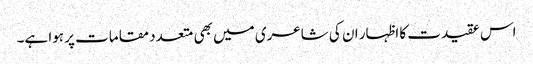
اس عقیدت کا اظہار ان کی شاعری میں بھی متعدد مقامات پر ہوا ہے۔